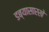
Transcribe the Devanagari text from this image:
डब्यासारखे